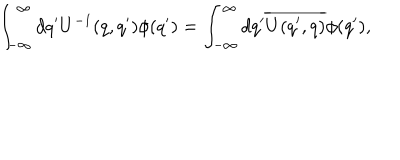
\int _ { - \infty } ^ { \infty } d q ^ { \prime } U ^ { - 1 } ( q , q ^ { \prime } ) \phi ( q ^ { \prime } ) = \int _ { - \infty } ^ { \infty } d q ^ { \prime } \overline { { { U ( q ^ { \prime } , q ) } } } \phi ( q ^ { \prime } ) ,